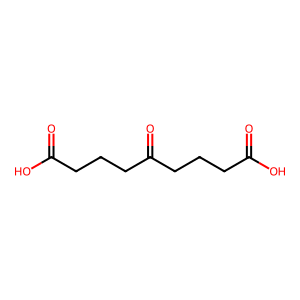
SMILES: O=C(O)CCCC(=O)CCCC(=O)O
Inhibits HIV replication: No